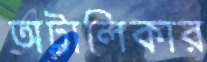
অট্টালিকার